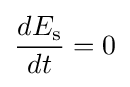
{\frac {dE_{\text{s}}}{dt}}=0